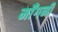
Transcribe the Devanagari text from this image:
मॉँगनी